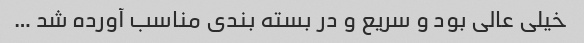
خیلی عالی بود و سریع و در بسته بندی مناسب آورده شد …